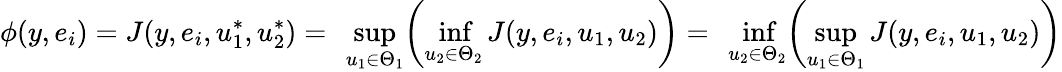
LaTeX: \phi(y,e_{i})=J(y,e_{i},u_{1}^{*},u_{2}^{*})=\ \operatorname*{sup}_{u_{1}\in\Theta_{1}}\biggl(\operatorname*{inf}_{u_{2}\in\Theta_{2}}J(y,e_{i},u_{1},u_{2})\biggr)=\ \operatorname*{inf}_{u_{2}\in\Theta_{2}}\biggl(\operatorname*{sup}_{u_{1}\in\Theta_{1}}J(y,e_{i},u_{1},u_{2})\biggr)